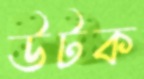
উটক